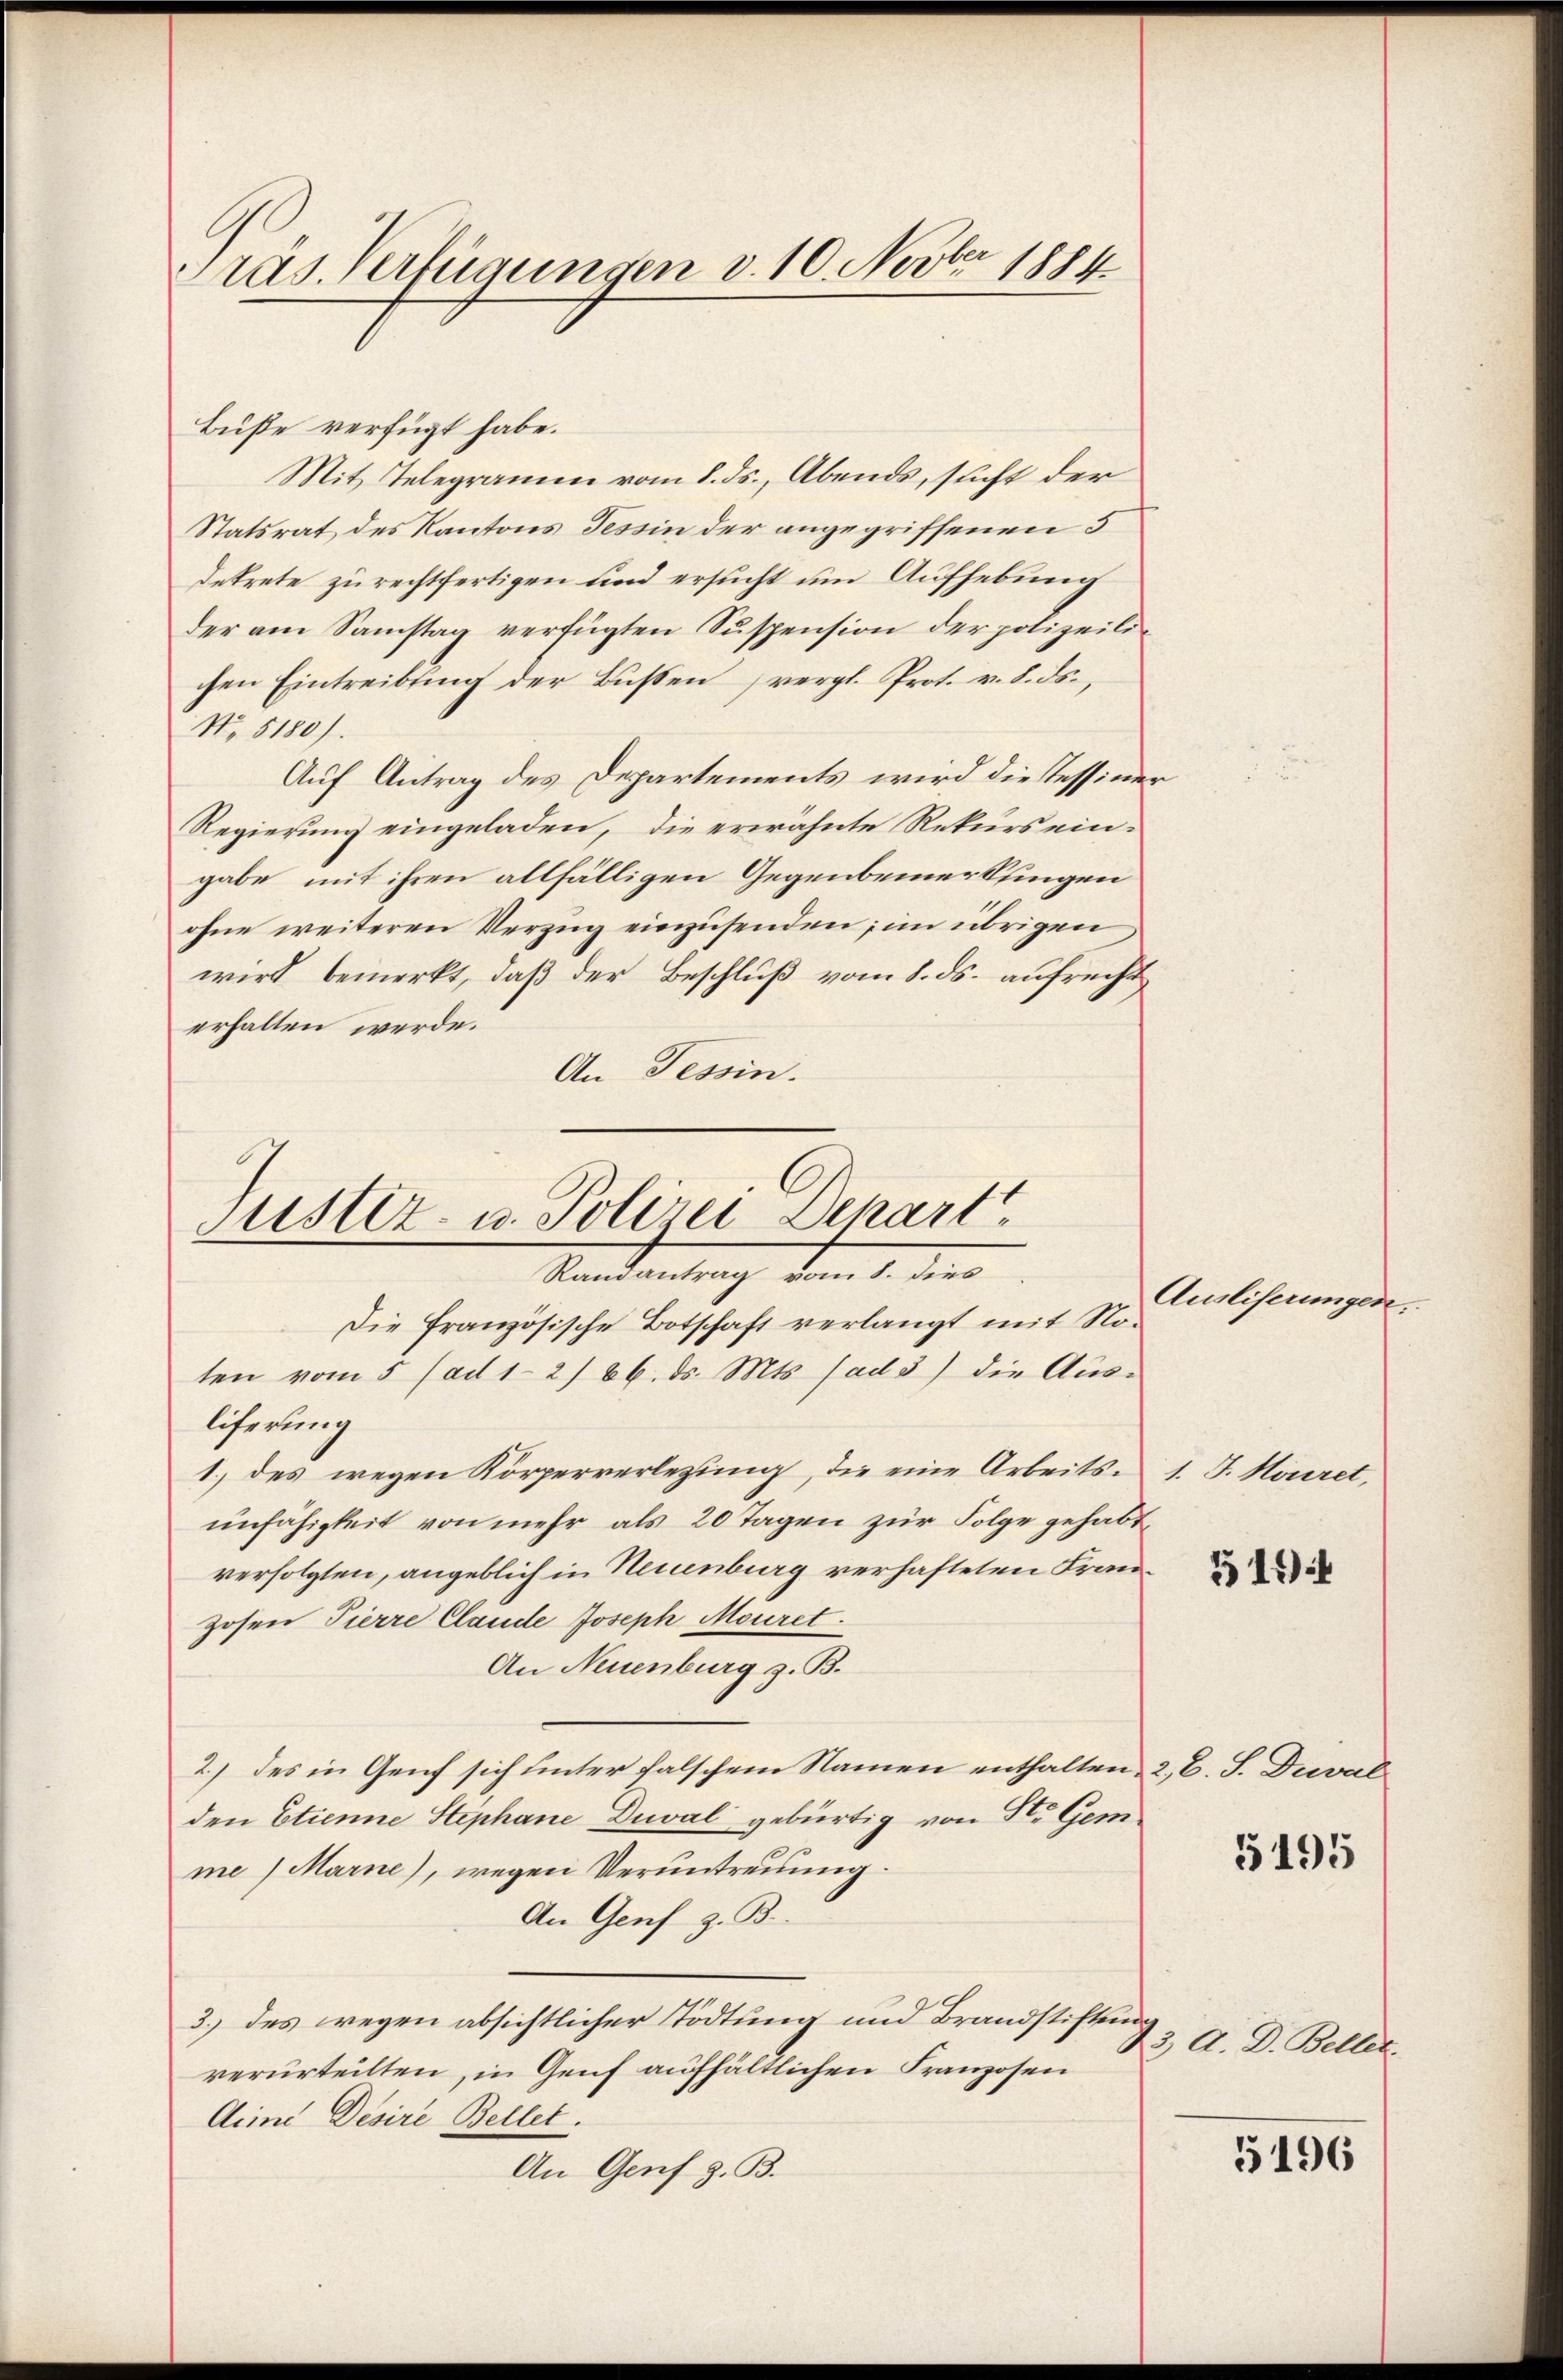
Präs. Verfügungen v. 10. Novber 1884

Buße verfügt habe.
Mit Telegramm vom 8. ds., Abends, sucht der
Statsrat des Kantons Tessin der angegriffenen 5
dekrete zurechtfertigen und ersucht um Aufhebung
der am Samstag verfügten Suspension der polizeilichen Eintreibung der Bussen vergl. Prot. v. 8. ds.,
No. 5180).
Auf Antrag des Departements wird die Tessiner
Regierung eingeladen, die erwähnte Rekurs ein-
gabe mit ihren allfälligen Gegenbemerkungen
ohne weiteren Verzug einzusenden; im übrigen
wird bemerkt, daß der Beschluß vom 8. ds. aufrecht
erhalten werde.
An Tessin.

Justiz- u. Polizei Depart
Standeantrag vom 1. den

Die französische Botschaft verlangt mit Noten vom 5. (ad 1. 266. ds. Mts. ad 3) die Aus-
liferung
1) des wegen Körperverlegung, die eine Arbeits- 1. J. Mouiret,
unfähigkeit von mehr als 20 Tagen zur Folge gehabt,
verfolgten, angeblich in Neuenburg verhafteten Franzosen Tierre Clande Joseph Mouret.
An Neuenburg z. B.
2.) des in Genf sich unter falschem Namen enthalten, 2, C. S. Dreval
den Etienne Stephane Duval gebürtig von St. Gem
me (Marne), wegen Veruntreuung.
An Genf z. B.
3.) des regen absichtlicher Tödtung und Brandstiftung
verurteilten, in Genf aufhältlichen Franzosen
Aime Desire Bellet.
An Genf z. B.

Ausliserungen.

51)

5195

23. A. D. Beller.

5196